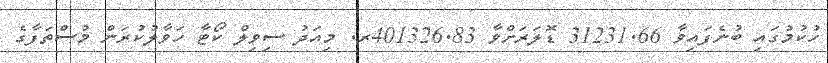
ހުކުމުގައި ބުނެފައިވާ 31231.66 ޑޮލަރަށްވާ 401326.83ރ. މިއަދު ސިވިލް ކޯޓާ ހަވާލުކުރަން މުސްތަފާގެ